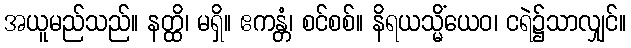
အယူမည်သည်။ နတ္ထိ၊ မရှိ။ ဧကန္တံ၊ စင်စစ်။ နိရယသ္မိံယေဝ၊ ငရဲ၌သာလျှင်။